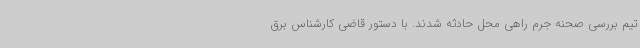
تیم بررسی صحنه جرم راهی محل حادثه شدند. با دستور قاضی کارشناس برق